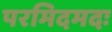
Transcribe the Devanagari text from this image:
परमिदमदः